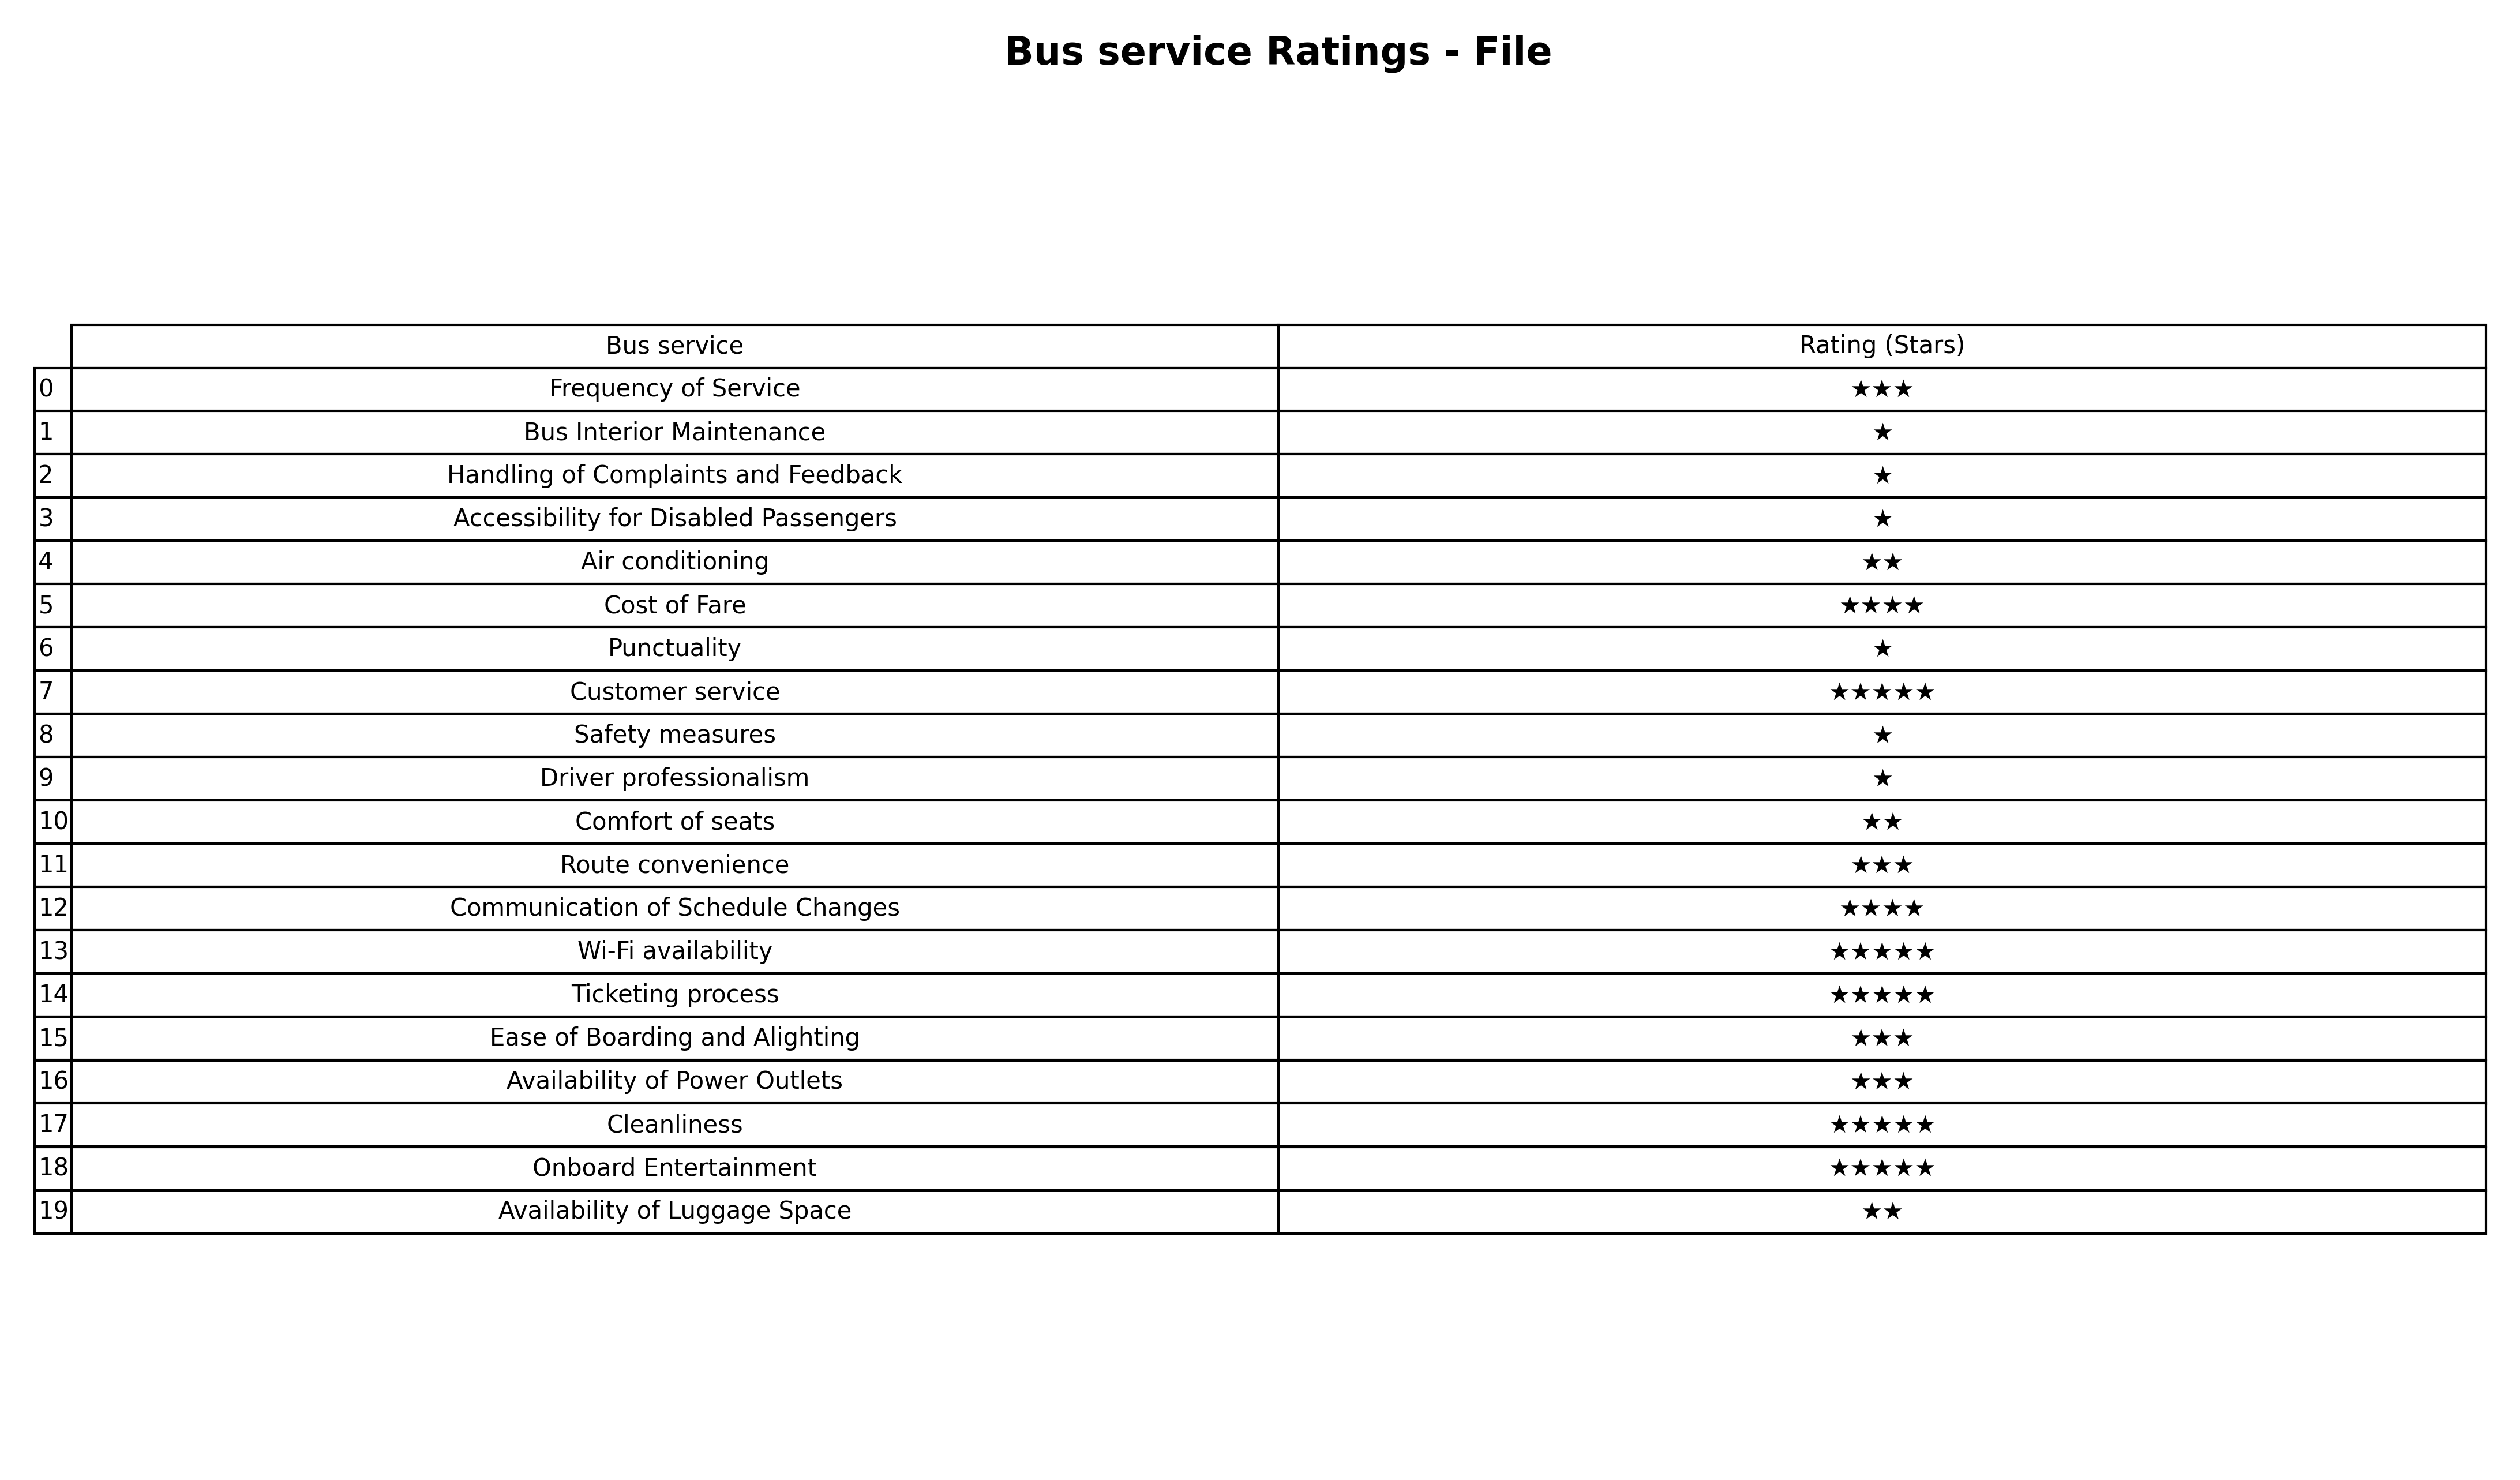
question: What are three star services?
answer: Frequency of ServiceRoute convenienceEase of Boarding and AlightingAvailability of Power Outlets